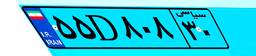
۵۵D۸۰۸۳۰